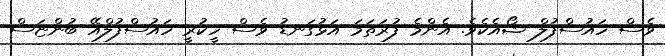
ވެސް ހައުސްފުލް ޝޯއެކެވެ. އެންމެ ފުރަތަމަ އަޅުގަނޑު ވެސް ހީކުރީ ހައުސްފުލްއޭ ބުންޏަސް